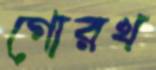
গোরখ